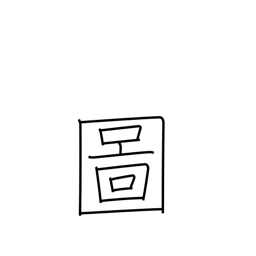
Meaning: drawing